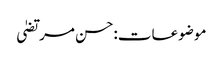
موضوعات:حسن مرتضیٰ